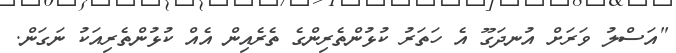
"އަސްލު ވަރަށް އުނދަގޫ އެ ހަތަރު ކުޅުންތެރިންގެ ތެރެއިން އެއް ކުޅުންތެރިއަކު ނަގަން.